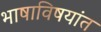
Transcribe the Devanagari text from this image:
भाषाविषयांत